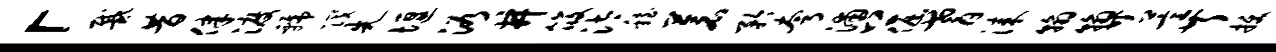
「戴昔律渡虢筏先堰浴井筱汰稳苍矜夸浦上倔耆漆翰翰廿萱芹拔境